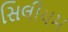
સિલીયમ